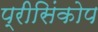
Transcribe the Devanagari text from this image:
प्रीसिंकोप